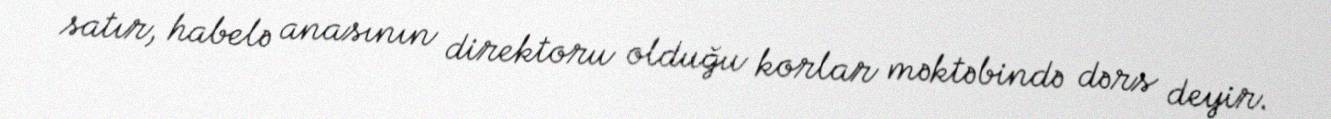
satır, habelə anasının direktoru olduğu korlar məktəbində dərs deyir.